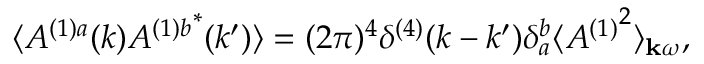
\langle A ^ { ( 1 ) a } ( k ) { A ^ { ( 1 ) b } } ^ { * } ( k ^ { \prime } ) \rangle = ( 2 \pi ) ^ { 4 } \delta ^ { ( 4 ) } ( k - k ^ { \prime } ) \delta _ { a } ^ { b } \langle { A ^ { ( 1 ) } } ^ { 2 } \rangle _ { { \bf k } \omega } ,